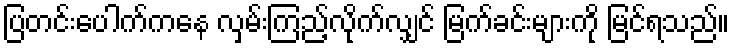
ပြတင်းပေါက်ကနေ လှမ်းကြည့်လိုက်လျှင် မြက်ခင်းများကို မြင်ရသည်။